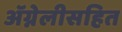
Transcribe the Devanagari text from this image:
ॲग्नेलीसहित